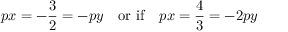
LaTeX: p x = - \frac { 3 } { 2 } = - p y \quad \mathrm { o r \ i f } \quad p x = \frac { 4 } { 3 } = - 2 p y